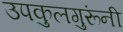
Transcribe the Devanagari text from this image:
उपकुलगुरूंनी